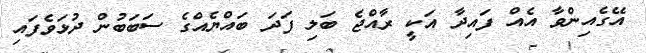
އޭގެއިންވާ އެއް ފައިދާ އަކީ ރާއްޖެ ބަލި ފަދަ ބައްޔެއްގެ ސަބަބުން ދުޅަވެފައި